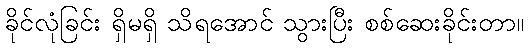
ခိုင်လုံခြင်း ရှိမရှိ သိရအောင် သွားပြီး စစ်ဆေးခိုင်းတာ။